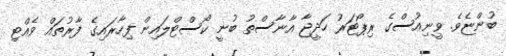
ބުންޏެވެ. ވީނިއުސްގެ ރިޕޯޓަރު ހަދީޖާ އާނާސްތު ބުނީ ކޯސްޓްލައިން ފިހާރައިގެ ފާރުތައް ވެއްޓި